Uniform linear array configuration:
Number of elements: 12
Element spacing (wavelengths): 0.5
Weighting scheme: kaiser
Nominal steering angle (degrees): -30
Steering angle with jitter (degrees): -30.524
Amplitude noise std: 0.05
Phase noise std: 0.05

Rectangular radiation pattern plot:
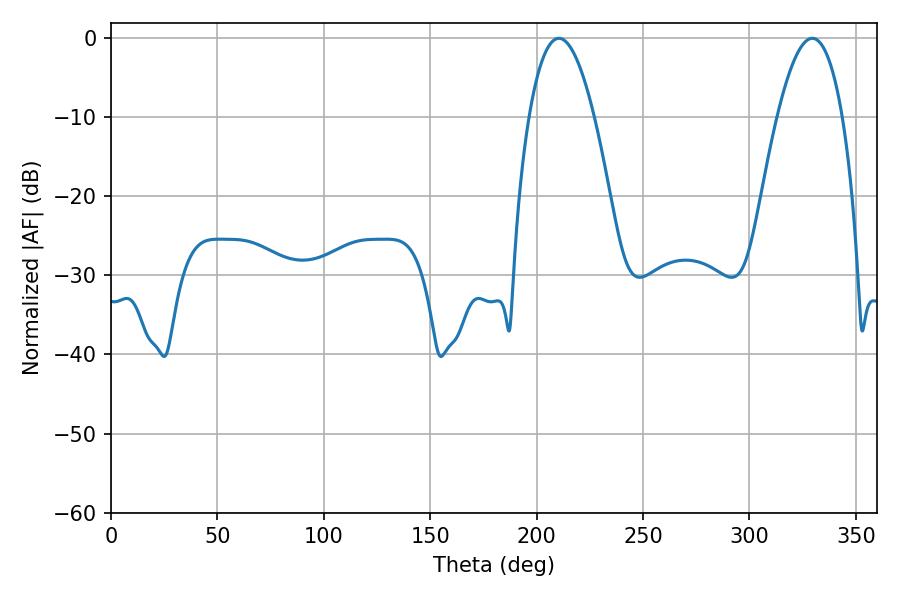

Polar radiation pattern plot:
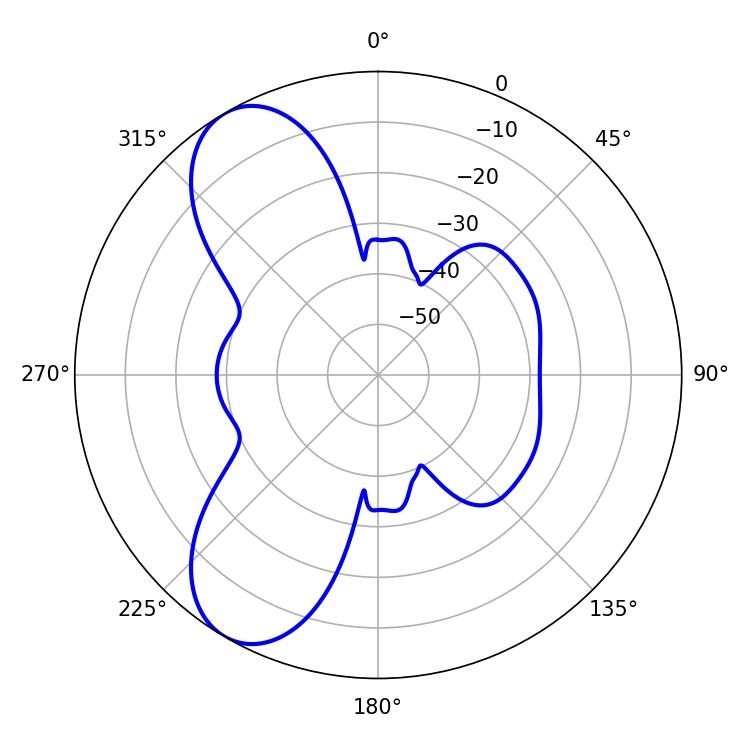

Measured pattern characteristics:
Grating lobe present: FALSE
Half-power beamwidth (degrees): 16.92
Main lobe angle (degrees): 210.42